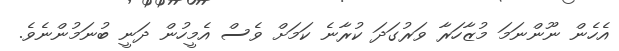
އެހެން ނޫންނަމަ މުޒާހަރާ ވަރުގަދަ ކުރާނެ ކަމަށް ވެސް އެމީހުން ދަނީ ބުނަމުންނެވެ.